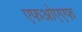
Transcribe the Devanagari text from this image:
एफओएएफ